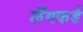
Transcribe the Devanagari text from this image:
लँगफर्ड